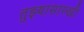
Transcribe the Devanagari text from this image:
तुझ्यासारखी